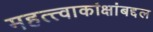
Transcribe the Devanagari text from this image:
महत्त्वाकांक्षांबद्दल